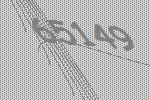
65149